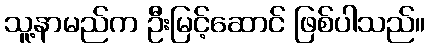
သူ့နာမည်က ဦးမြင့်ဆောင် ဖြစ်ပါသည်။